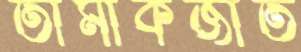
তামাকজাত